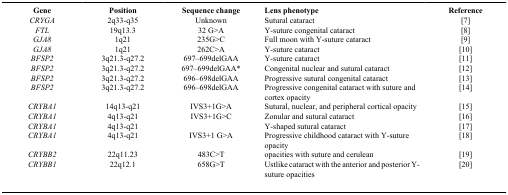
<table><thead><tr><td><b>Gene</b></td><td><b>Position</b></td><td><b>Sequence change</b></td><td><b>Lens phenotype</b></td><td><b>Reference</b></td></tr></thead><tbody><tr><td><i>CRYGA</i></td><td>2q33-q35</td><td>Unknown</td><td>Sutural cataract</td><td>[7]</td></tr><tr><td><i>FTL</i></td><td>19q13.3</td><td>32 G&gt;A</td><td>Y-suture congenital cataract</td><td>[8]</td></tr><tr><td><i>GJA8</i></td><td>1q21</td><td>235G&gt;C</td><td>Full moon with Y-suture cataract</td><td>[9]</td></tr><tr><td><i>GJA8</i></td><td>1q21</td><td>262C&gt;A</td><td>Y-suture cataract</td><td>[10]</td></tr><tr><td><i>BFSP2</i></td><td>3q21.3-q27.2</td><td>697–699delGAA</td><td>Y-suture cataract</td><td>[11]</td></tr><tr><td><i>BFSP2</i></td><td>3q21.3-q27.2</td><td>697–699delGAA*</td><td>Congenital nuclear and sutural cataract</td><td>[12]</td></tr><tr><td><i>BFSP2</i></td><td>3q21.3-q27.2</td><td>696–698delGAA</td><td>Progressive sutural congenital cataract</td><td>[13]</td></tr><tr><td><i>BFSP2</i></td><td>3q21.3-q27.2</td><td>696–698delGAA</td><td>Progressive congenital cataract with suture and cortex opacity</td><td>[14]</td></tr><tr><td><i>CRYBA1</i></td><td>14q13-q21</td><td>IVS3+1G&gt;A</td><td>Sutural, nuclear, and peripheral cortical opacity</td><td>[15]</td></tr><tr><td><i>CRYBA1</i></td><td>4q13-q21</td><td>IVS3+1G&gt;C</td><td>Zonular and sutural cataract</td><td>[16]</td></tr><tr><td><i>CRYBA1</i></td><td>4q13-q21</td><td></td><td>Y-shaped sutural cataract</td><td>[17]</td></tr><tr><td><i>CRYBA1</i></td><td>4q13-q21</td><td>IVS3+1 G&gt;A</td><td>Progressive childhood cataract with Y-suture opacity</td><td>[18]</td></tr><tr><td><i>CRYBB2</i></td><td>22q11.23</td><td>483C&gt;T</td><td>opacities with suture and cerulean</td><td>[19]</td></tr><tr><td><i>CRYBB1</i></td><td>22q12.1</td><td>658G&gt;T</td><td>Ustlike cataract with the anterior and posterior Y-suture opacities</td><td>[20]</td></tr></tbody></table>